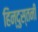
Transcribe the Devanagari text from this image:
हिन्दुस्तनी